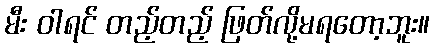
မီး ဝါရင် တည့်တည့် ဖြတ်လို့မရတော့ဘူး။